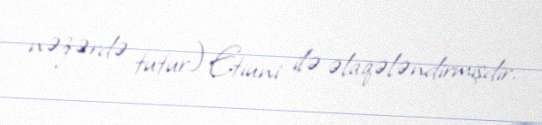
nəzərdə tutur) Etiuni ilə əlaqələndirmişdir.